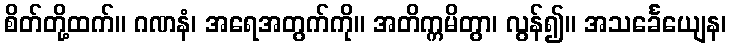
စိတ်တို့ထက်။ ဂဏနံ၊ အရေအတွက်ကို။ အတိက္ကမိတွာ၊ လွန်၍။ အသင်္ခေယျေန၊